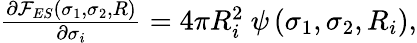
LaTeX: \begin{array}{r}{\frac{\partial{\mathcal F}_{ES}(\sigma_{1},\sigma_{2},R)}{\partial\sigma_{i}}=4\pi R_{i}^{2}~\psi\left(\sigma_{1},\sigma_{2},R_{i}\right),}\end{array}